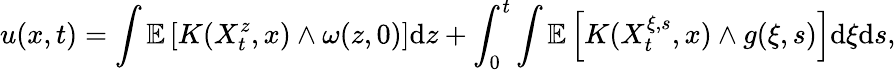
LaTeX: u(x,t)=\int\mathbb{E}\left[K(X_{t}^{z},x)\wedge\omega(z,0)\right]\mathrm{d}z+\int_{0}^{t}\int\mathbb{E}\left[K(X_{t}^{\xi,s},x)\wedge g(\xi,s)\right]\mathrm{d}\xi\mathrm{d}s,